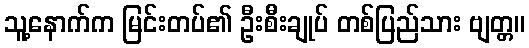
သူ့နောက်က မြင်းတပ်၏ ဦးစီးချုပ် တစ်ပြည်သား ဗျတ္တ။